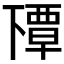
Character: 𬻰